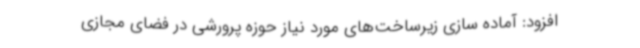
افزود: آماده سازی زیرساخت‌های مورد نیاز حوزه پرورشی در فضای مجازی